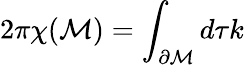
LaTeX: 2\pi\chi(\mathcal{M})=\int_{\partial{\cal M}}d\tau k